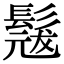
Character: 𮫎